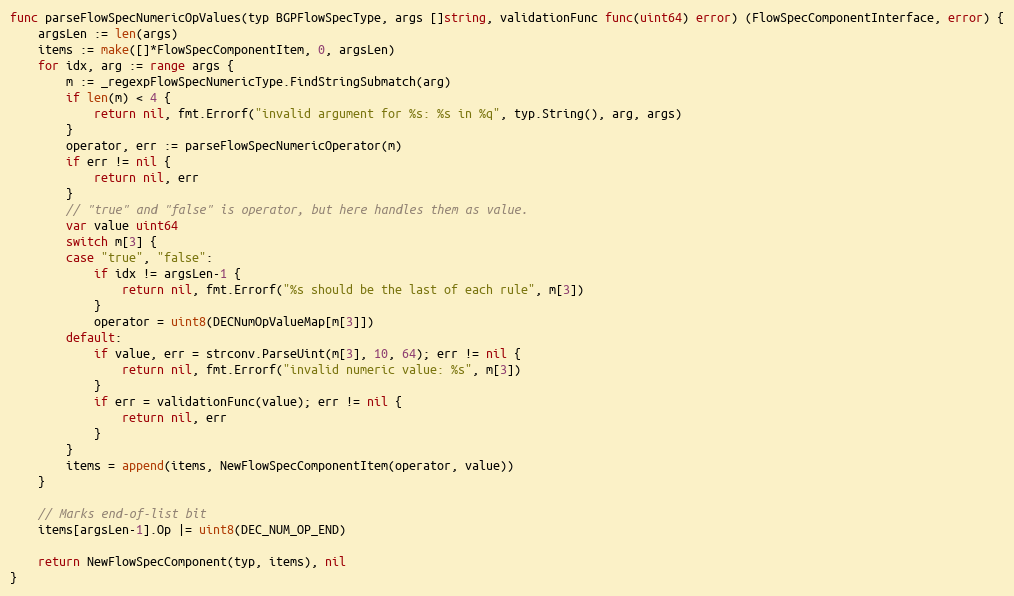
Language: Go
func parseFlowSpecNumericOpValues(typ BGPFlowSpecType, args []string, validationFunc func(uint64) error) (FlowSpecComponentInterface, error) {
	argsLen := len(args)
	items := make([]*FlowSpecComponentItem, 0, argsLen)
	for idx, arg := range args {
		m := _regexpFlowSpecNumericType.FindStringSubmatch(arg)
		if len(m) < 4 {
			return nil, fmt.Errorf("invalid argument for %s: %s in %q", typ.String(), arg, args)
		}
		operator, err := parseFlowSpecNumericOperator(m)
		if err != nil {
			return nil, err
		}
		// "true" and "false" is operator, but here handles them as value.
		var value uint64
		switch m[3] {
		case "true", "false":
			if idx != argsLen-1 {
				return nil, fmt.Errorf("%s should be the last of each rule", m[3])
			}
			operator = uint8(DECNumOpValueMap[m[3]])
		default:
			if value, err = strconv.ParseUint(m[3], 10, 64); err != nil {
				return nil, fmt.Errorf("invalid numeric value: %s", m[3])
			}
			if err = validationFunc(value); err != nil {
				return nil, err
			}
		}
		items = append(items, NewFlowSpecComponentItem(operator, value))
	}

	// Marks end-of-list bit
	items[argsLen-1].Op |= uint8(DEC_NUM_OP_END)

	return NewFlowSpecComponent(typ, items), nil
}